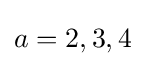
a=2,3,4